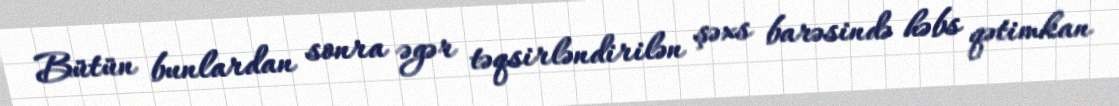
Bütün bunlardan sonra əgər təqsirləndirilən şəxs barəsində həbs qətimkan